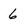
Character: 6